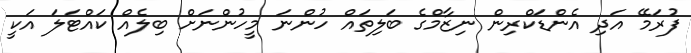
ފުރަމޭ އަދި އެންޑަކްރިން ނިޒާމްގެ ބަލިތައް ހުންނަ މީހުންނަށް ބިލެއް ކައްޓަލަ އަކީ